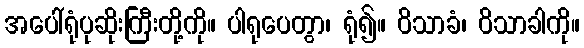
အပေါ်ရုံပုဆိုးကြီးတို့ကို။ ပါရုပေတွာ၊ ရုံ၍။ ဝိသာခံ၊ ဝိသာခါကို။